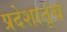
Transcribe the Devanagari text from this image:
प्रदेशातूंच